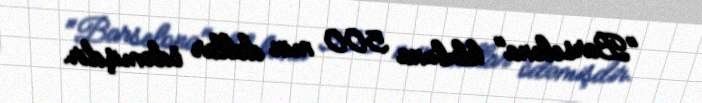
"Barselona" klubuna 500 min dollar ödəmişdir.